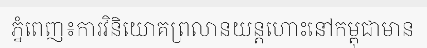
ភ្នំពេញ៖ការវិនិយោគព្រលានយន្តហោះនៅកម្ពុជាមាន